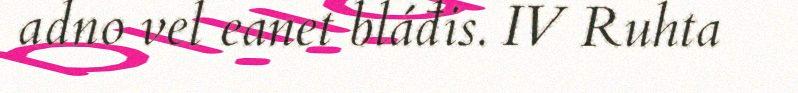
adno vel eanet bláđis. IV Ruhta